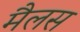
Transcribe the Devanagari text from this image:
मैलस